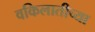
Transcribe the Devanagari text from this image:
वकिलातीच्या